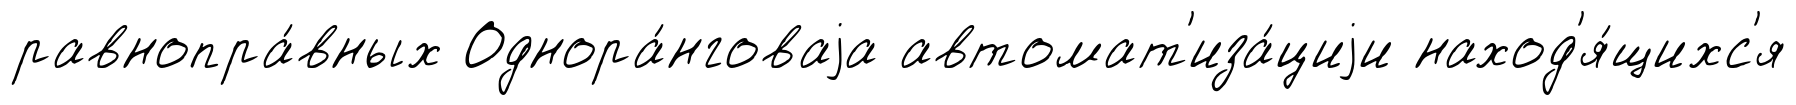
равнопра́вных Однора́нговаjа автомат'иза́циjи наход'я́щихс'я